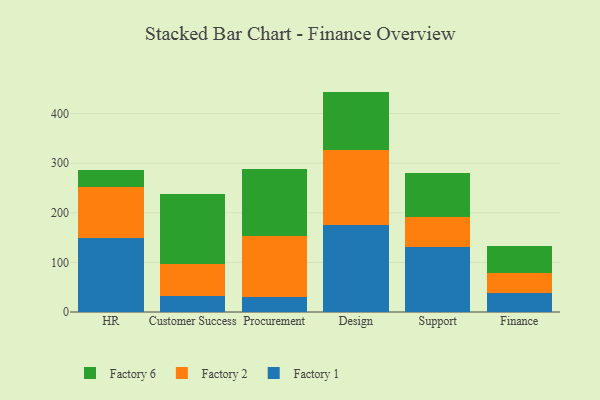
{"axis": {"x": "Department", "y": "Website Visitors"}, "legend": ["Factory 1", "Factory 2", "Factory 6"], "data": [{"x": "HR", "y": 149.3, "type": "Factory 1"}, {"x": "HR", "y": 101.7, "type": "Factory 2"}, {"x": "HR", "y": 35.6, "type": "Factory 6"}, {"x": "Customer Success", "y": 31.7, "type": "Factory 1"}, {"x": "Customer Success", "y": 64.4, "type": "Factory 2"}, {"x": "Customer Success", "y": 140.8, "type": "Factory 6"}, {"x": "Procurement", "y": 30.6, "type": "Factory 1"}, {"x": "Procurement", "y": 123.5, "type": "Factory 2"}, {"x": "Procurement", "y": 134.6, "type": "Factory 6"}, {"x": "Design", "y": 175.3, "type": "Factory 1"}, {"x": "Design", "y": 150.6, "type": "Factory 2"}, {"x": "Design", "y": 118.3, "type": "Factory 6"}, {"x": "Support", "y": 130.4, "type": "Factory 1"}, {"x": "Support", "y": 60.6, "type": "Factory 2"}, {"x": "Support", "y": 90.1, "type": "Factory 6"}, {"x": "Finance", "y": 37.8, "type": "Factory 1"}, {"x": "Finance", "y": 40.2, "type": "Factory 2"}, {"x": "Finance", "y": 54.1, "type": "Factory 6"}]}